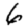
Digit: 6